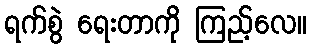
ရက်စွဲ ရေးတာကို ကြည့်လေ။